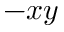
- { x y }